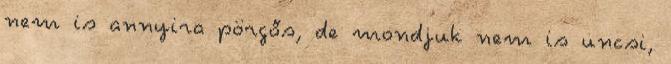
nem is annyira pörgős, de mondjuk nem is uncsi,